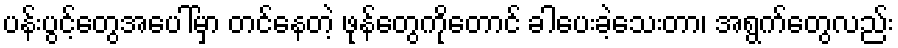
ပန်းပွင့်တွေအပေါ်မှာ တင်နေတဲ့ ဖုန်တွေကိုတောင် ခါပေးခဲ့သေးတာ၊ အရွက်တွေလည်း